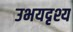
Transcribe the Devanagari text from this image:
उभयदृश्य